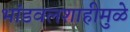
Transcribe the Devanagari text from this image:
भांडवलशाहीमुळे